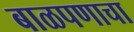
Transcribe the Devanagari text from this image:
बाळपणाचा